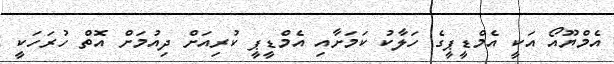
އެމްޔޫއޯ އަކީ އެމްޑީޕީގެ ހަލާކު ކަމަށާއި އެމްޑީޕީ ކުރިއަށް ދިއުމަށް އޮތް ހުރަހަކީ